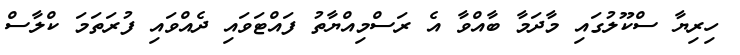
ހިރިޔާ ސްކޫލުގައި މާދަމާ ބާއްވާ އެ ރަސްމިއްޔާތު ފައްޓަވައި ދެއްވައި ފުރަތަމަ ކްލާސް